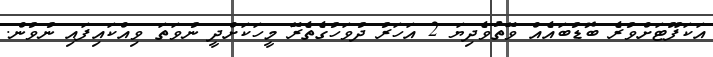
އަކަފޫޓަށްވުރެ ބޮޑުބައެއް ވޭތުވެދިޔަ 2 އަހަރު ދުވަހުގެތެރޭ މީހަކަށްދީ ނުވަތަ ވިއްކައިފައި ނުވުން.